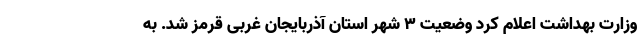
وزارت بهداشت اعلام کرد وضعیت 3 شهر استان آذربایجان غربی قرمز شد. به